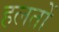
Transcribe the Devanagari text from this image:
हलतों